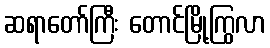
ဆရာတော်ကြီး တောင်မြို့ကြွလာ